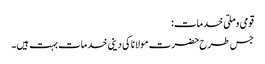
قومی وملّی خدمات:
جس طرح حضرت مولانا کی دینی خدمات بہت ہیں۔